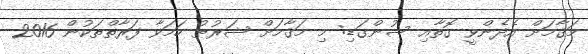
މަޤާމަށް އެދެންވީ ގޮތާއި ސުންގަޑި: މި މަޤާމަށް ޝަރުޠު ހަމަވާ ފަރާތްތަކުން 2016